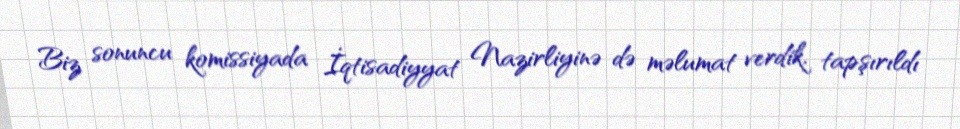
Biz sonuncu komissiyada İqtisadiyyat Nazirliyinə də məlumat verdik, tapşırıldı